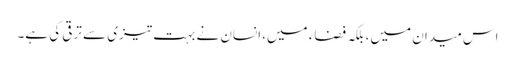
اس میدان میں، بلکہ فضاء میں، انسان نے بہت تیزی سے ترقی کی ہے۔